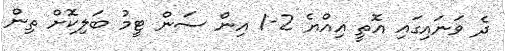
ދެ ވަނައިގައި އޮތީ އިއްޔެ 2-1 އިން ސަން ޓީމު ބަލިކޮށް ތިން